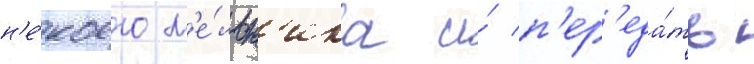
н'е́коего м'е́льн'ика и́ п'ер'еда́ть